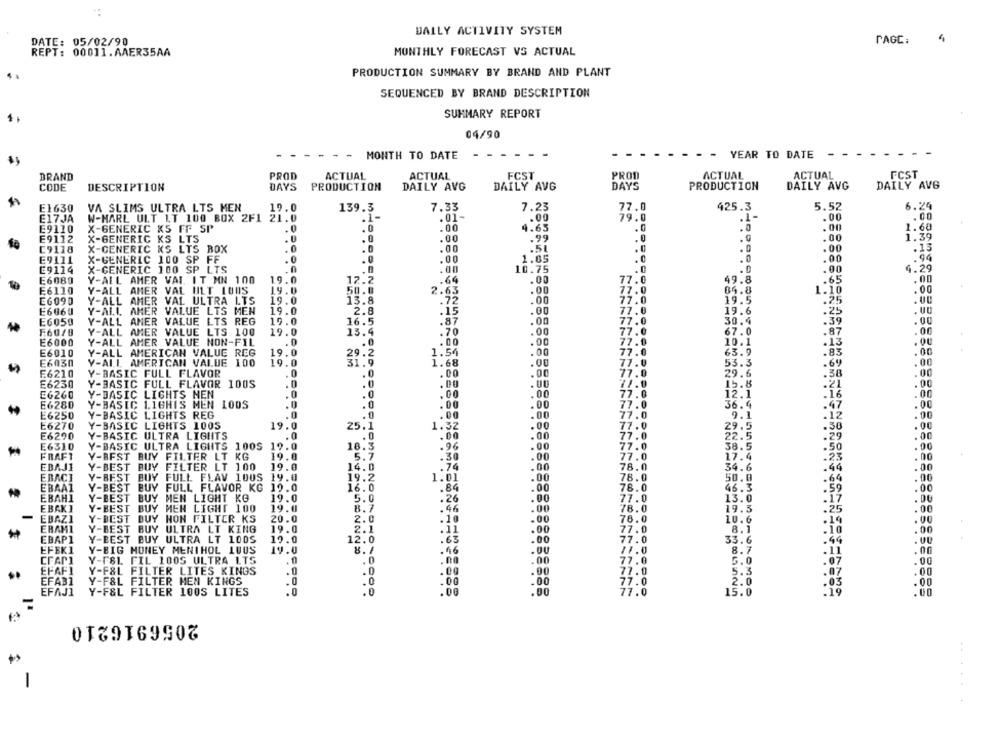
DAILY ACTIVITY SYSTEM
DATE: 05/02/90
PAGE:
REPT: 00011. AAER35AA
MONTHLY FORECAST VS ACTUAL
PRODUCTION SUMMARY BY BRAND AND PLANT
SEQUENCED BY BRAND DESCRIPTION
SUMMARY REPORT
04/90
MONTH TO DATE - -
-
-
YEAR TO DATE
BRAND
PROD
ACTUAL
ACTUAL
FCST
PRODI
ACTUAL
ACTUAL
FCST
DAYS
PRODUCTION
DAILY AVG
DAILY AVG
CODE
DESCRIPTION
DAYS
PRODUCTION
DAILY AVG
DAILY AVG
E1630
VA SLIMS ULTRA LTS MEN
19.0
139.3
7.33
7.23
425.3
5.52
6.24
.01-
77.0
.00
.00
E17JA
W-HARL ULT LT 100 BOX 2F1 21.0
.00
79.0
E9110
X-GENERIC KS FF SP
.0
.0
.00
4.65
.0
.00
1.60
X-GENERIC KS LTS
.00
.99
.00
1.39
E9112
[9118
X-GENERIC KS LTS BOX
.00
.51
. 0
.00
.13
E9111
X-GENERIC 100 SP FF
.0
.0
.00
1.05
.00
X-GENERIC 100 SP LTS
4.29
£9114
.0
.00
10.75
.0
.00
E6080
Y-ALL AMER VAI IT MN 100
19.0
12.2
.64
.00
77.0
49.8
.65
.00
E6110
Y-ALL ANER VAL ULT LOOS
19.0
50.0
.00
17.0
84.8
1.10
.00
2.63
E6090
Y-ALL AMER VAL ULTRA LTS
19.0
13.8
.00
19.5
.25
E6060
Y-ALL AMER VALUE LTS MEN
19.0
2.8
.15
.00
19.6
.25
19.0
.00
. 00
E6050
Y-ALL ANER VALUE LTS REG
16.5
.87
30.4
.39
E60/8
Y-ALL
AMER VALUE LTS 100
19.0
13.4
.70
.00
77.0
67.0
.87
E6000
Y-ALL AMER VALUE NON-FIL
.0
.0
. DO
.00
77.0
.13
E6010
Y-ALL AMERICAN VALUE REG
19.0
1.54
.00
7.0
.83
E6030
Y-ALL AMERICAN VALUE 100
19.0
1.68
.00
77.
53.3
.69
.00
E6210
Y-BASIC FULL FLAVOR
.0
.00
7.0
29.6
.38
E6230
Y-BASIC FULL FLAVOR 100S
.0
.00
15.8
E6260
Y-BASIC LIGHTS NEN
.0
.0
.00
.00
12.1
: 16
E6280
Y-BASIC L16HIS MEN 100S
.0
.0
.00
.00
36.4
.47
E6250
Y-BASIC LIGHTS REG
.0
.00
.00
9.1
.00
E6270
Y-BASIC LIGHTS 1005
19.0
25.1
1.32
29.5
.36
E6290
Y-BASIC ULTRA LIGHTS
.0
.0
.00
77.
22.5
.29
E6310
Y-BASIC ULTRA LIGHTS 100S 19.0
18.3
.96
.00
77.0
38.5
:56
FRAFT
Y-BEST BUY FILTER LT KG
19.0
5.7
.30
.00
77.0
17.4
.23
EBAJ1
Y-BEST BUY FILTER LT 100
19.0
14.0
.74
.00
78.0
34.6
.00
.44
EBACI
Y-BEST BUY FULL FLAV 100S 19.0
19.2
.00
78.0
50.0
.64
.00
EBAA1
Y-BEST BUY FULL FLAVOR KG 19.0
16.0
.84
.00
78.0
46.3
.59
.00
EBAH1
Y-BEST BUY MEN LIGHT KG
19.0
5.0
.26
.00
77.0
13.0
.17
EBAKI
Y-BEST BUY MEN LIGHT 100
19.0
8.7
.00
78.0
.25
EBAZI
Y-BEST BUY HON FILTER KS
20.0
2.0
.00
78.0
.19
ERAMI
Y-BEST BUY
ULTRA LT KING
19.0
2.1
.00
77.0
.10
.00
EBAP1
Y-BEST BUY ULTRA LT 100S
19.0
12.0
.65
.00
77.0
.44
EFEK1
Y-BIG HONEY MENTHOL LUUS
19.0
11.0
8.1
.46
.OU
.11
.00
CFANI
Y-F&L FIL 100S ULTRA LTS
.0
.00
77.0
.07
.00
EFAFI
Y-F&L FILTER LITES KINGS
.0
.90
77.0
.00
EFA31
Y-F&L FILTER MEN KINGS
.0
77.0
2.0
.00
EFAJI
Y-F&L FILTER 100S LITES
.0
77.0
nome
.00
2056916210
-